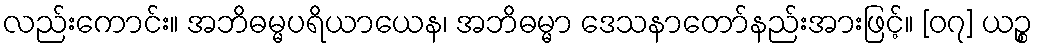
လည်းကောင်း။ အဘိဓမ္မပရိယာယေန၊ အဘိဓမ္မာ ဒေသနာတော်နည်းအားဖြင့်။ [၀၇] ယဉ္စ